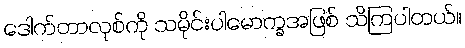
ဒေါက်တာလုစ်ကို သမိုင်းပါမောက္ခအဖြစ် သိကြပါတယ်။